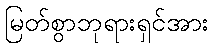
မြတ်စွာဘုရားရှင်အား